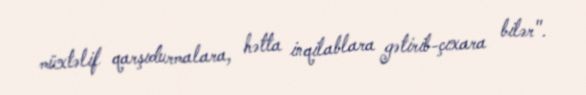
müxtəlif qarşıdurmalara, hətta inqilablara gətirib-çıxara bilər".